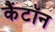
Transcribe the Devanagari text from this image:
कैंटॉन